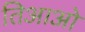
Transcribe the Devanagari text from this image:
तिआओ